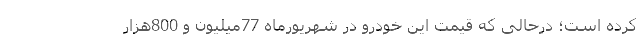
کرده است؛ درحالی که قیمت این خودرو در شهریورماه 77میلیون و 800هزار